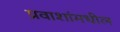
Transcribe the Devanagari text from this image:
प्रवाशांमधील